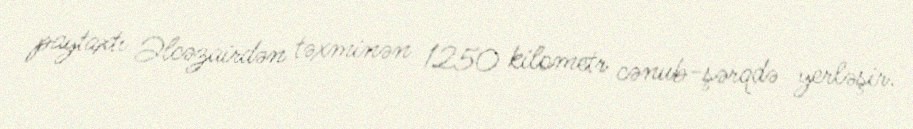
paytaxtı Əlcəzairdən təxminən 1250 kilometr cənub-şərqdə yerləşir.